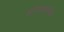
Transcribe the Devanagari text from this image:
हरितगृहातील